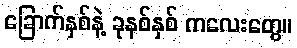
ခြောက်နှစ်နဲ့ ခုနစ်နှစ် ကလေးတွေ။